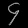
Digit: ၄